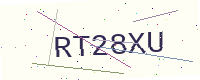
Text: RT28XU